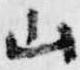
山